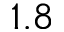
1 . 8